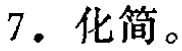
7. 化简。